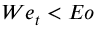
W e _ { t } < E o